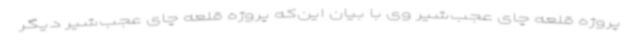
پروژه قلعه چای عجب‌شیر وی با بیان این‌که پروژه قلعه چای عجب‌شیر دیگر